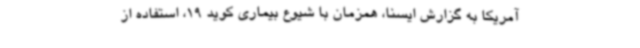
آمریکا به گزارش ایسنا، همزمان با شیوع بیماری کوید 19، استفاده از